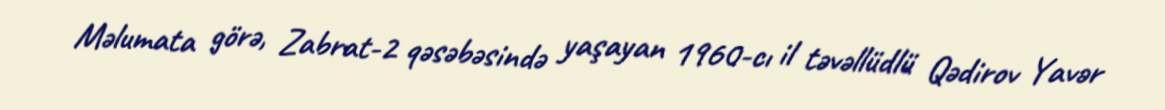
Məlumata görə, Zabrat-2 qəsəbəsində yaşayan 1960-cı il təvəllüdlü Qədirov Yavər